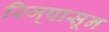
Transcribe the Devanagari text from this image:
रिज्‌पासून